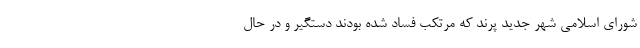
شورای اسلامی شهر جدید پرند که مرتکب فساد شده بودند دستگیر و در حال